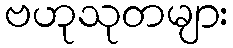
ဗဟုသုတများ